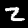
Label: 2